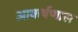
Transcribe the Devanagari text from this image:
आकर्षणास